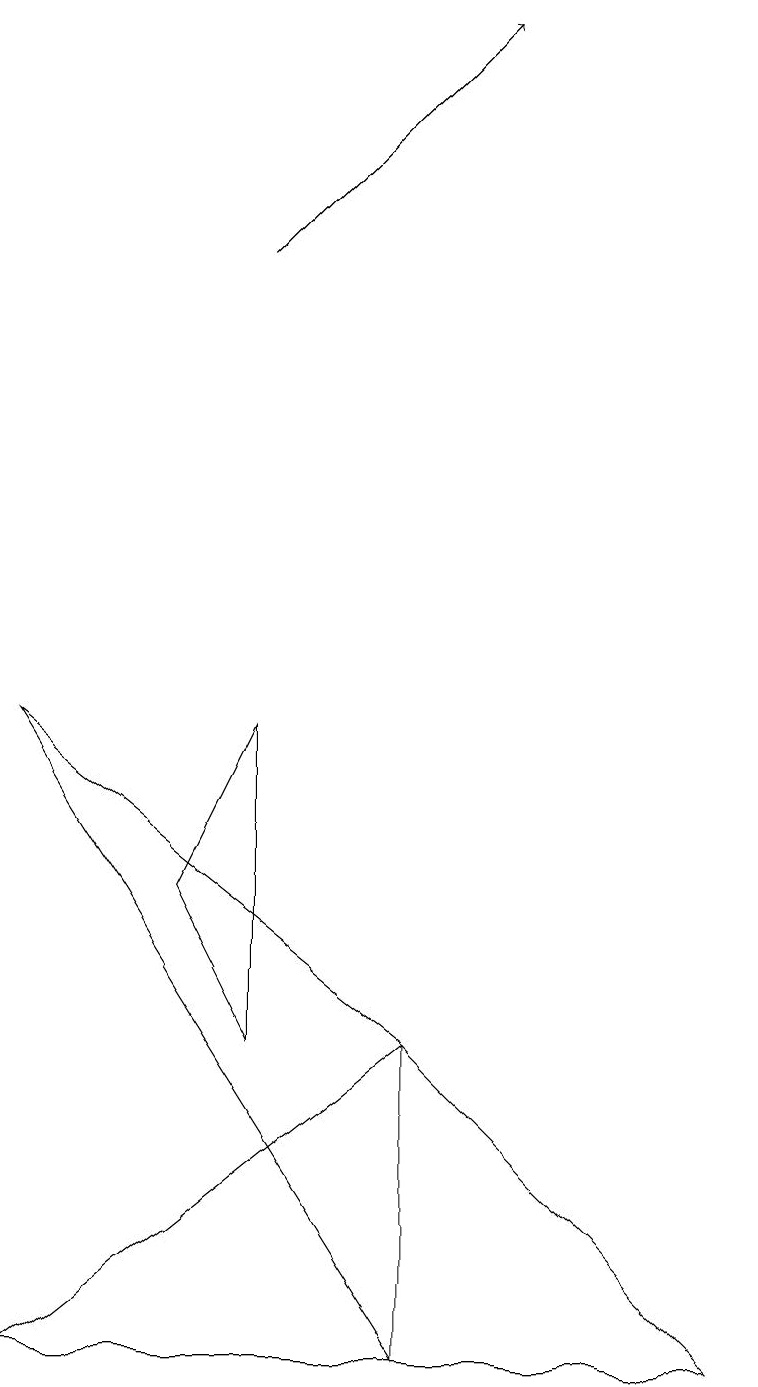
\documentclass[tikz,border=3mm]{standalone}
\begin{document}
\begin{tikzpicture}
\draw[->] (3,14) -- (6,17);
\draw (5,0) -- (0,8) -- (5,4) -- cycle;
\draw (3,4) -- (2,6) -- (3,8) -- cycle;
\draw (9,0) -- (5,4) -- (0,0) -- cycle;
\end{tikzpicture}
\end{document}